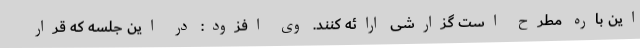
این باره مطرح است گزارشی ارائه کنند. وی افزود: در این جلسه که قرار